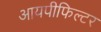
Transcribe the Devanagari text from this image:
आयपीफिल्टर